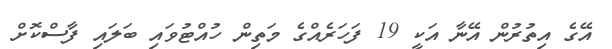
އޭގެ އިތުރުން އޭނާ އަކީ 19 ފަހަރެއްގެ މަތިން ހުއްޓުވައި ބަލައި ފާސްކޮށް